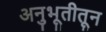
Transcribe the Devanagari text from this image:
अनुभूतीतून